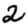
Digit: 2